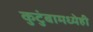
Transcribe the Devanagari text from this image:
कुटुंबामध्येही